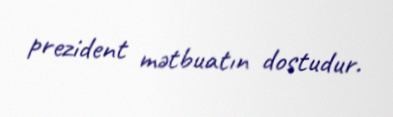
prezident mətbuatın dostudur.